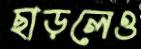
ছাড়লেও